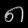
Digit: ၈